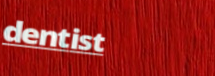
dentist